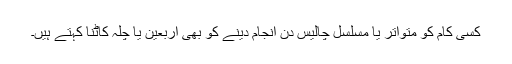
کسی کام کو متواتر یا مسلسل چالیس دن انجام دینے کو بھی اربعین یا چلہ کاٹنا کہتے ہیں۔